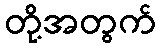
တို့အတွက်